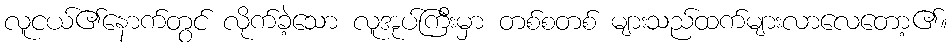
လူငယ်၏နောက်တွင် လိုက်ခဲ့သော လူအုပ်ကြီးမှာ တစ်စတစ် များသည်ထက်များလာလေတော့၏။